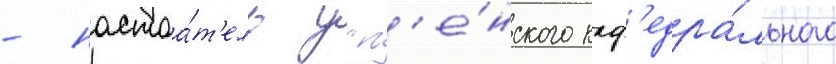
- настоа́т'ель усп'е́нского каф'едра́льного